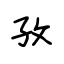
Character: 孜